Leningradi_Edasi_toimetus, lk 62
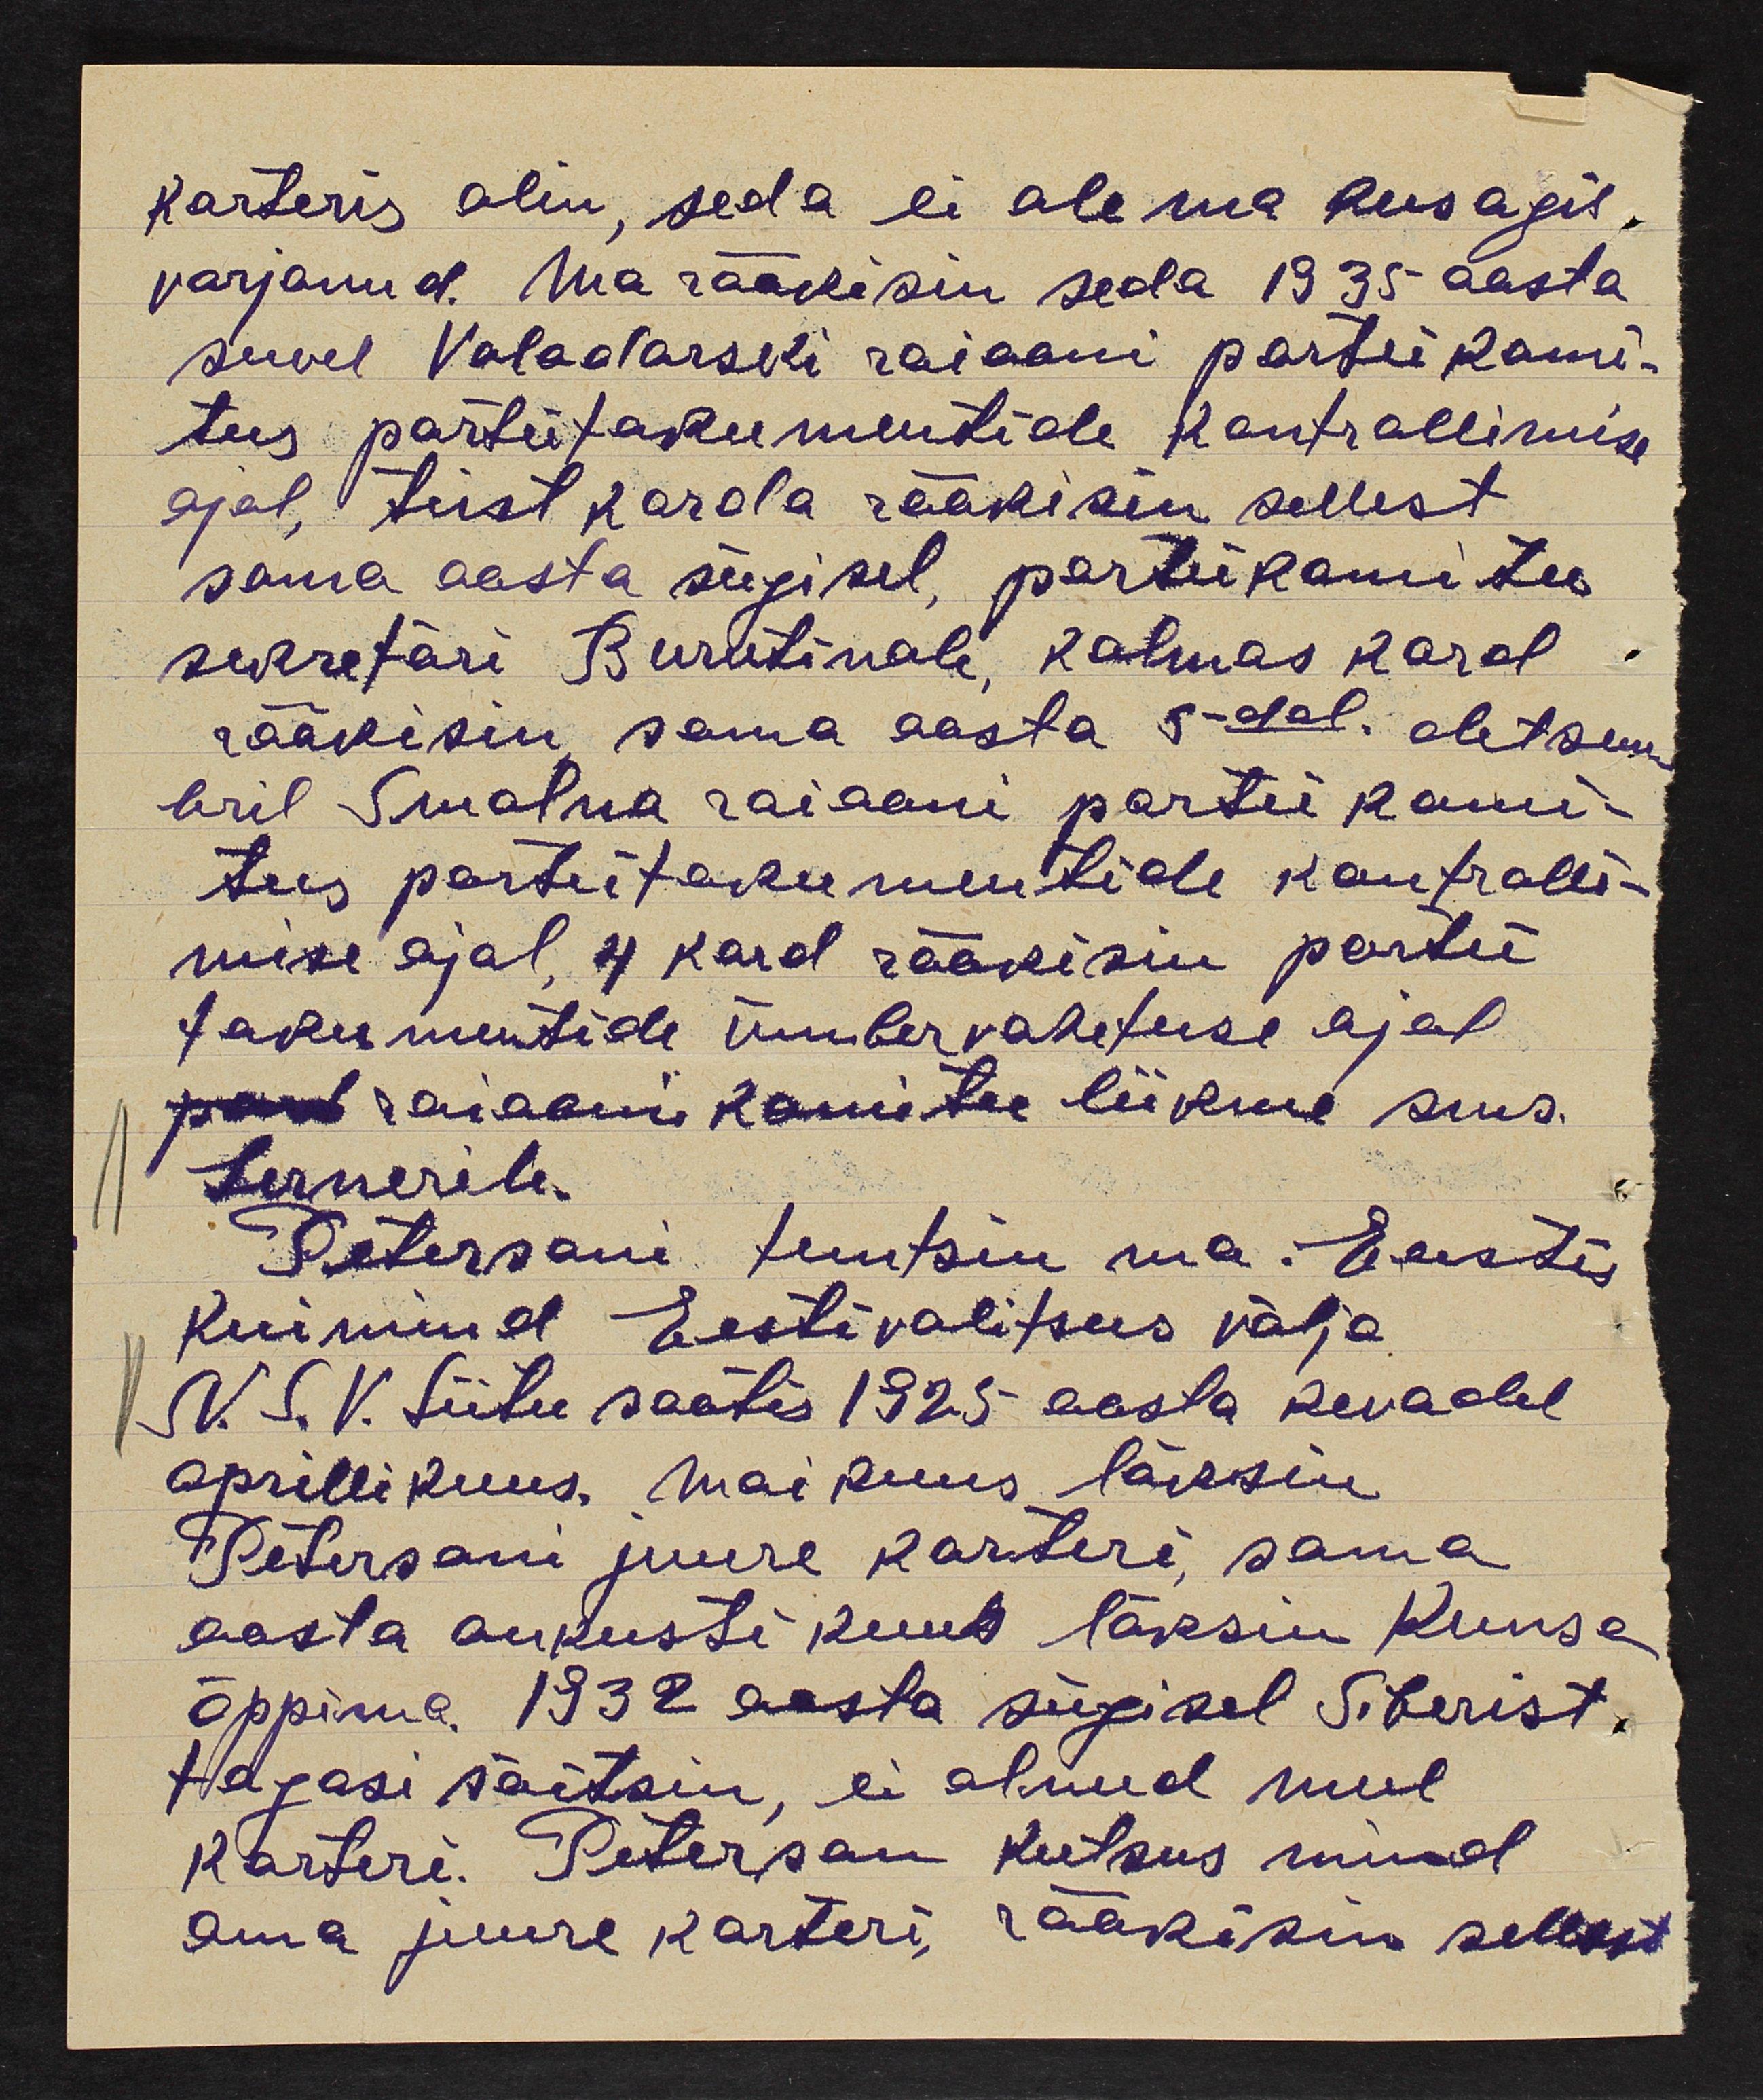
karteris olin, seda ei ole ma kusagil,
varjanud. Ma rääkisin seda 1935 aasta
suvel Voladarski raiooni partei komi-
tees parteitokumentide kontrollimise
ajal, teist korda rääkisin sellest
sama aasta sügisel, parteikomitee
sekretäri Burutinale, kolmas kord.
rääkisin sama aasta 5-dal. detsem.
bril Smolna raiooni partei komi-
tees parteitokumentide kontrolli-
mise ajal 4 kord rääkisin partei
tokumentide ümbervahetuse ajal
raiooni komitee liikme sms.
Lernerile.
Petersoni tuntsin ma. Eestis
Kui mind Eestivalitsus välja
N. S. V. Liitu saatis 1925 aasta kevadel
aprillikuus. Maikuus läksin
Petersoni juure korteri sama
aasta aukusti kuus läksin Kuuse
õppima 1932 aasta sügisel Siberist.
tagasi sõitsin, ei olnud mul
korteri. Peterson kutsus mind
oma juure korteri, rääkisin sellest